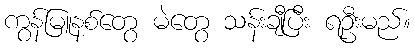
ကွန်မြူနစ်တွေ မဲတွေ သန်းချီပြီး ရဦးမည်။